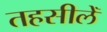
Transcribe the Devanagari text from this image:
तहसीलेँ